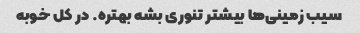
سیب زمینی‌ها بیشتر تنوری بشه بهتره. در کل خوبه